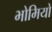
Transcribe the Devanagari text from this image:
भोमियों